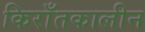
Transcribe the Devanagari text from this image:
किराँतकालीन